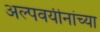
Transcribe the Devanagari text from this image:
अल्पवयीनांच्या